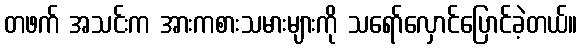
တဖက် အသင်းက အားကစားသမားများကို သရော်လှောင်ပြောင်ခဲ့တယ်။